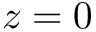
z = 0